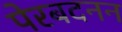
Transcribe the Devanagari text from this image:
पेरबदनन